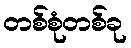
တစ်စုံတစ်ခု